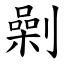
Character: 劋